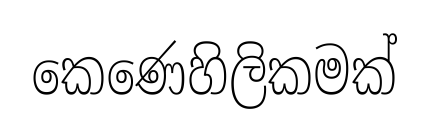
කෙණෙහිලිකමක්